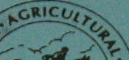
AGRICULTURAL